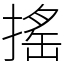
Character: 搖